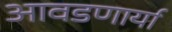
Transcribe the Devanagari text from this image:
आवडणार्या